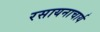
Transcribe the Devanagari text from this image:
रसायनाचार्य